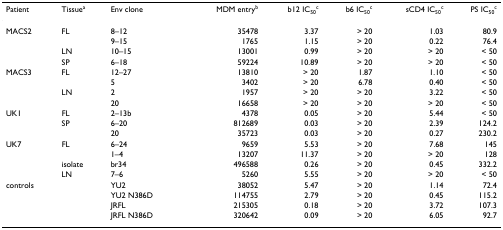
| Patient | Tissuea | Env clone | MDM entryb | b12 IC50c | b6 IC50c | sCD4 IC50c | PS IC50c |
 | --- | --- | --- | --- | --- | --- | --- | --- |
 | MACS2 | FL | 8–12 | 35478 | 3.37 | > 20 | 1.03 | 80.9 |
 |  |  | 9–15 | 1765 | 1.15 | > 20 | 0.22 | 76.4 |
 |  | LN | 10–15 | 13001 | 0.99 | > 20 | > 20 | < 50 |
 |  | SP | 6–18 | 59224 | 10.89 | > 20 | > 20 | < 50 |
 | MACS3 | FL | 12–27 | 13810 | > 20 | 1.87 | 1.10 | < 50 |
 |  |  | 5 | 3402 | > 20 | 6.78 | 0.40 | < 50 |
 |  | LN | 2 | 1957 | > 20 | > 20 | 3.22 | < 50 |
 |  |  | 20 | 16658 | > 20 | > 20 | > 20 | < 50 |
 | UK1 | FL | 2–13b | 4378 | 0.05 | > 20 | 5.44 | < 50 |
 |  | SP | 6–20 | 812689 | 0.03 | > 20 | 2.39 | 124.2 |
 |  |  | 20 | 35723 | 0.03 | > 20 | 0.27 | 230.2 |
 | UK7 | FL | 6–24 | 9659 | 5.53 | > 20 | 7.68 | 145 |
 |  |  | 1–4 | 13207 | 11.37 | > 20 | > 20 | 128 |
 |  | isolate | br34 | 496588 | 0.26 | > 20 | 0.45 | 332.2 |
 |  | LN | 7–6 | 5260 | 5.55 | > 20 | > 20 | < 50 |
 | controls |  | YU2 | 38052 | 5.47 | > 20 | 1.14 | 72.4 |
 |  |  | YU2 N386D | 114755 | 2.79 | > 20 | 0.45 | 115.2 |
 |  |  | JRFL | 215305 | 0.18 | > 20 | 3.72 | 107.3 |
 |  |  | JRFL N386D | 320642 | 0.09 | > 20 | 6.05 | 92.7 |